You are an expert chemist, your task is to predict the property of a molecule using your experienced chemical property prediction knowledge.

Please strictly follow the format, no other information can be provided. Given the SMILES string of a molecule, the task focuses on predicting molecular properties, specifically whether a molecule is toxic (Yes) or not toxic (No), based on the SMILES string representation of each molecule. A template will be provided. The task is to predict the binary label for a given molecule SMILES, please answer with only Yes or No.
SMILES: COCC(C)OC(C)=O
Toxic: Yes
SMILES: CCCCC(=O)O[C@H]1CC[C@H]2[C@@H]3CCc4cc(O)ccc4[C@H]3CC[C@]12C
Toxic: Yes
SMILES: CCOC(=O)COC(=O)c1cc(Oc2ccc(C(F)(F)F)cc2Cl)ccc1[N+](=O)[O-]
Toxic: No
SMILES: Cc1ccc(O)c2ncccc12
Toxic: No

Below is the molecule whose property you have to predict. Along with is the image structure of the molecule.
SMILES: OCCC(F)(F)C(F)(F)C(F)(F)C(F)(F)C(F)(F)C(F)(F)C(F)(F)C(F)(F)F
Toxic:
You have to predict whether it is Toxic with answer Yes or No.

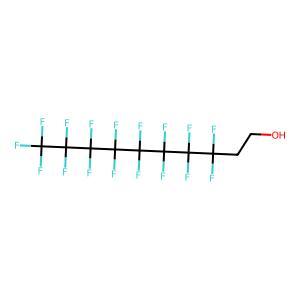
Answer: No